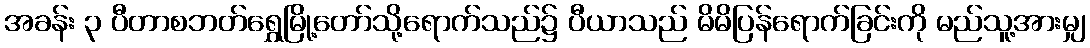
အခန်း ၃ ပီတာစဘတ်ရွှေမြို့တော်သို့ရောက်သည်၌ ပီယာသည် မိမိပြန်ရောက်ခြင်းကို မည်သူ့အားမျှ